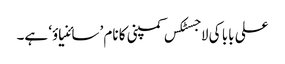
علی بابا کی لاجسٹکس کمپنی کا نام ’سائنیاؤ‘ ہے۔